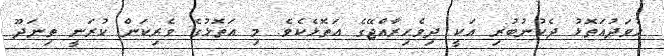
ހުވަދުއަތޮޅު ދެކުނުބުރި އަކީ ދިވެހިރާއްޖޭގެ އަތޮޅެކެވެ. މި އަތޮޅުގެ ވެރިކަން ކުރަނީ ތިނަދޫ